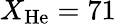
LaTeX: X_{\textrm{He}}=71\